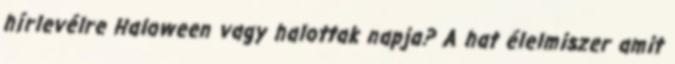
hírlevélre Haloween vagy halottak napja? A hat élelmiszer amit